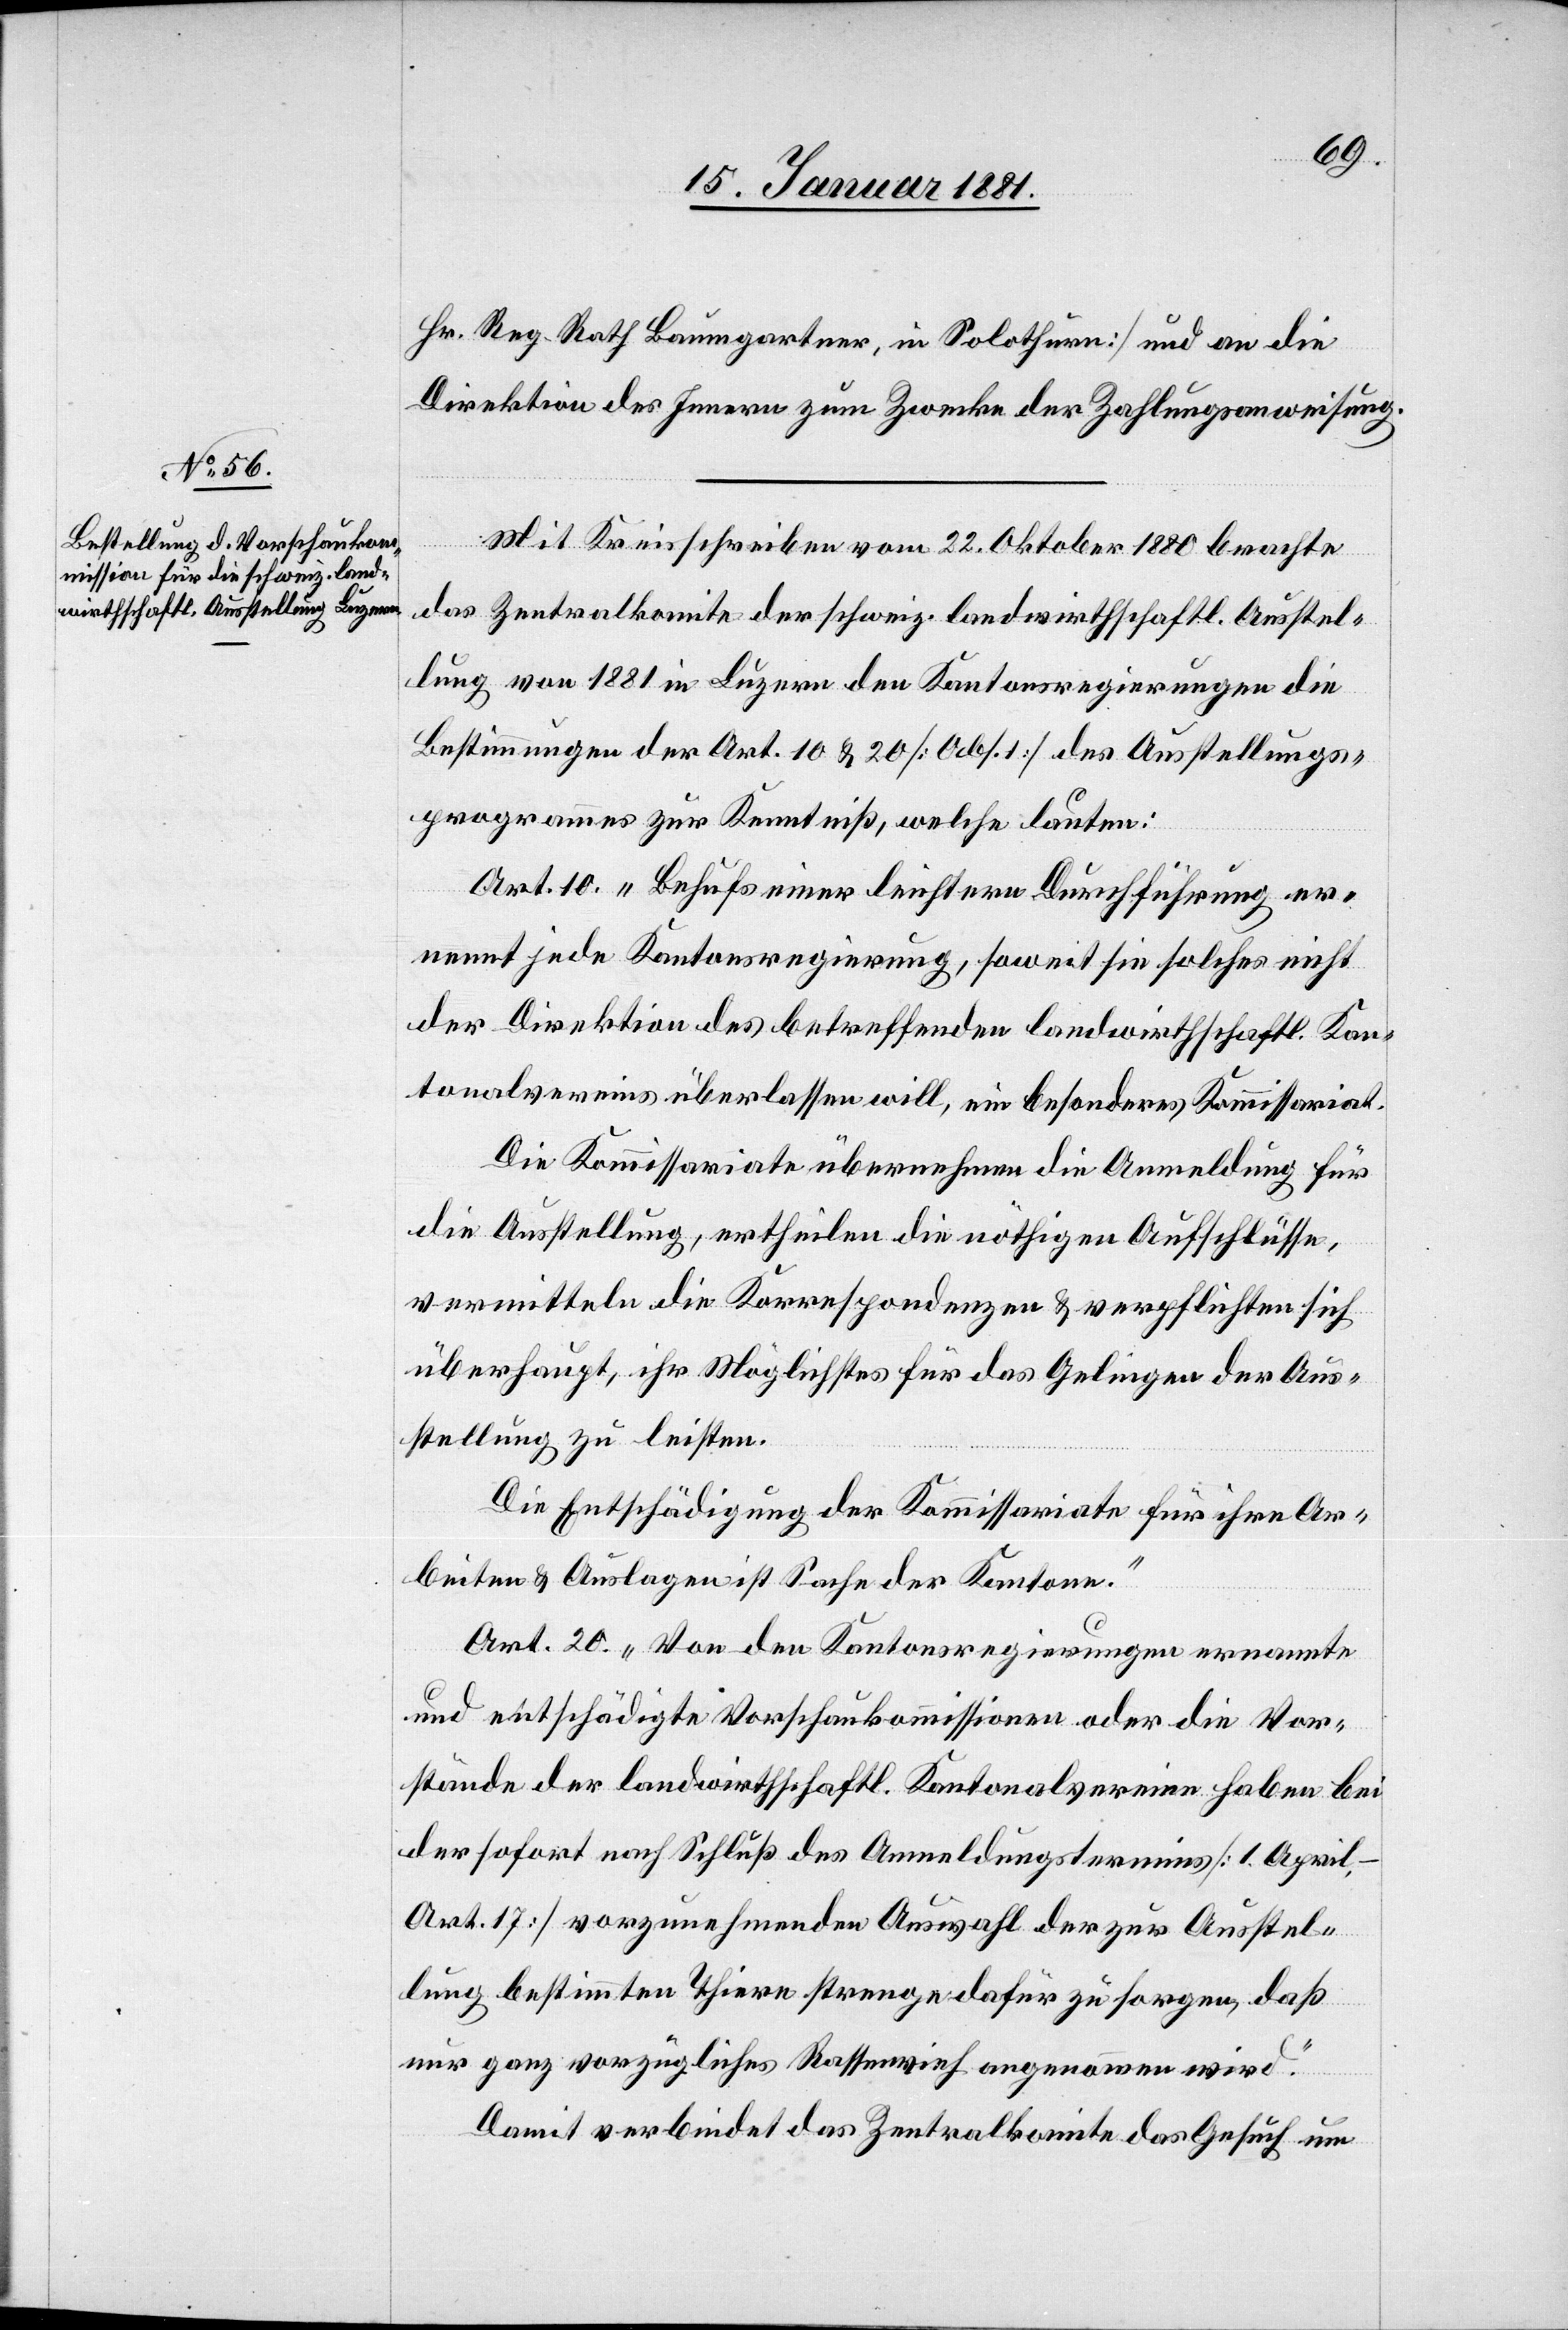
Reg. Rath Baumgartner, in Solothurn] und an die
Direktion des Innern zum Zwecke der Zahlungsanweisung.